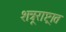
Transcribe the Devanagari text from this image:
शत्रूराष्ट्रात